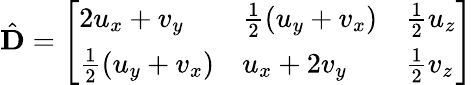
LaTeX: \hat{\mathbf{D}}=\left[\begin{array}{lll}{2u_{x}+v_{y}}&{\frac 12(u_{y}+v_{x})}&{\frac 12u_{z}}\\ {\frac 12(u_{y}+v_{x})}&{u_{x}+2v_{y}}&{\frac 12v_{z}}\end{array}\right]